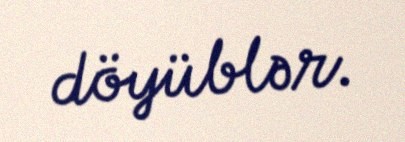
döyüblər.